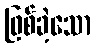
ဖြစ်ခဲ့သော